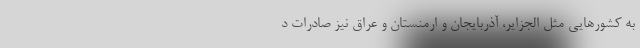
به کشورهایی مثل الجزایر، آذربایجان و ارمنستان و عراق نیز صادرات د